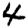
Digit: 4